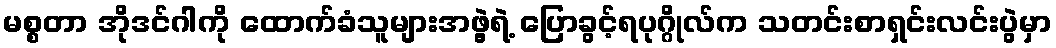
မစ္စတာ အိုဒင်ဂါကို ထောက်ခံသူများအဖွဲ့ရဲ့ ပြောခွင့်ရပုဂ္ဂိုလ်က သတင်းစာရှင်းလင်းပွဲမှာ